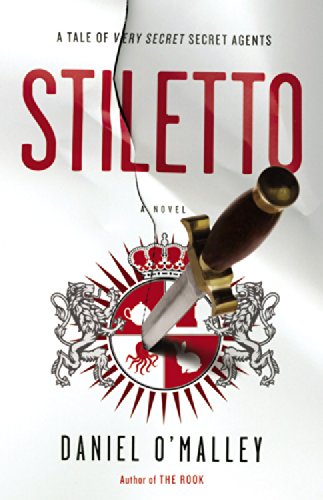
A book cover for Stiletto: A Novel; Daniel O'Malley; Literature & Fiction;